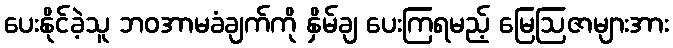
ပေးနိုင်ခဲ့သူ ဘဝအာမခံချက်ကို နှိမ်ချ ပေးကြရမည့် မြေဩဇာများအား